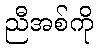
ညီအစ်ကို